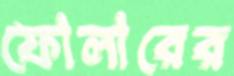
ফোলারের